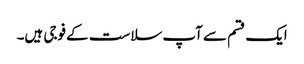
ایک قسم سے آپ سلاست کے فوجی ہیں۔